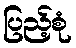
ပြည့်စုံ